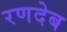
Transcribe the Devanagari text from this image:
रणदेब